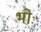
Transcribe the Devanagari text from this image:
भोः